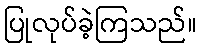
ပြုလုပ်ခဲ့ကြသည်။